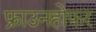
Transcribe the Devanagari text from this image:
फ्राउनहोफ़र